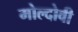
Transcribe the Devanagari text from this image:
मोल्दोवी